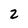
Character: 2